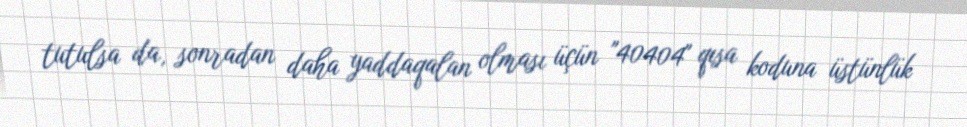
tutulsa da, sonradan daha yaddaqalan olması üçün "40404" qısa koduna üstünlük